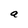
Character: a